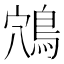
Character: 鴪